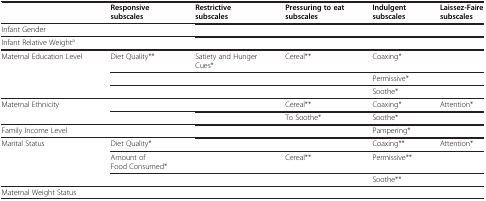
|  | Responsive subscales | Restrictive subscales | Pressuring to eat subscales | Indulgent subscales | Laissez-Faire subscales |
 | --- | --- | --- | --- | --- | --- |
 | Infant Gender |  |  |  |  |  |
 | Infant Relative Weighta |  |  |  |  |  |
 | <ROWSPAN=3> Maternal Education Level | Diet Quality** | Satiety and Hunger Cues* | Cereal** | Coaxing* |  |
 |  |  |  | Permissive* |  |
 |  |  |  | Soothe* |  |
 | <ROWSPAN=2> Maternal Ethnicity |  |  | Cereal** | Coaxing* | Attention* |
 |  |  | To Soothe* | Soothe* |  |
 | Family Income Level |  |  |  | Pampering* |  |
 | <ROWSPAN=3> Marital Status | Diet Quality* |  |  | Coaxing** | Attention* |
 | Amount of Food Consumed* |  | Cereal** | Permissive** |  |
 |  |  |  | Soothe** |  |
 | Maternal Weight Status |  |  |  |  |  |